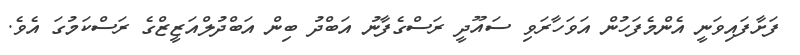
ފަށާފައިވަނީ އެންމެފަހުން އަވަހާރަވި ސައޫދީ ރަސްގެފާނު އަބްދު ބިން އަބްދުލްއަޒީޒްގެ ރަސްކަމުގަ އެވެ.